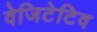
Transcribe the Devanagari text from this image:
वेजिटेटिव